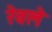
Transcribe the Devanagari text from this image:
रेवले